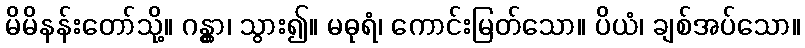
မိမိနန်းတော်သို့။ ဂန္တွာ၊ သွား၍။ မဓုရံ၊ ကောင်းမြတ်သော။ ပိယံ၊ ချစ်အပ်သော။